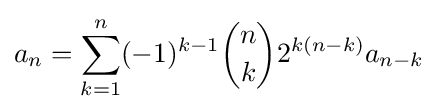
a_{n}=\sum _{k=1}^{n}(-1)^{k-1}{n \choose k}2^{k(n-k)}a_{n-k}